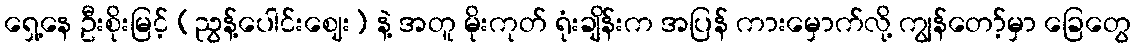
ရှေ့နေ ဦးစိုးမြင့် (ညွန့်ပေါင်းဈေး) နဲ့ အတူ မိုးကုတ် ရုံးချိန်းက အပြန် ကားမှောက်လို့ ကျွန်တော့်မှာ ခြေတွေ